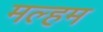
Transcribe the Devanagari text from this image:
मल्हम